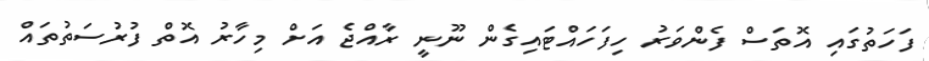
ފަހަތުގައި އޮތަސް ފެންވަރު ހިފަހައްޓައިގެން ނޫނީ ރާއްޖެ އަށް މިހާރު އޮތް ފުރުސަތުތައް